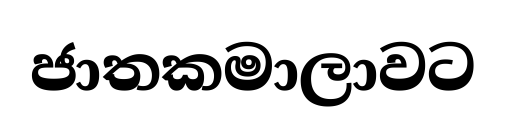
ජාතකමාලාවට